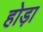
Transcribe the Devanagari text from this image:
होड़ा